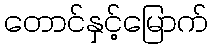
တောင်နှင့်မြောက်